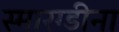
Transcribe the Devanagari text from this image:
स्मारग्डीना